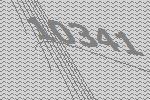
10341